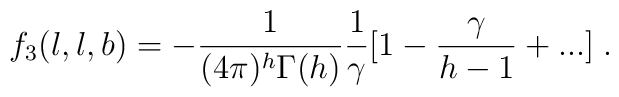
f_3(l,l,b) =  -\frac{1}{(4\pi)^h\Gamma(h)}\frac{1}{\gamma}[1 - \frac{\gamma}{h-1} + ...]\;.